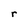
Character: r